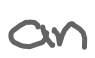
Text: an
Cross-out: clean
Writing tool: digital_gray